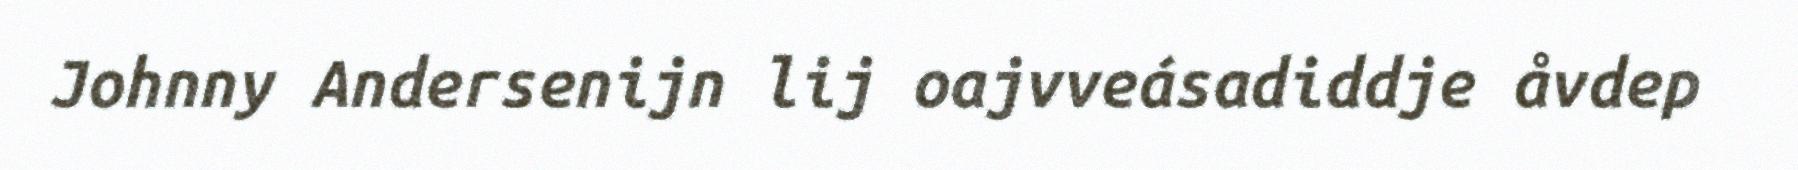
Johnny Andersenijn lij oajvveásadiddje åvdep